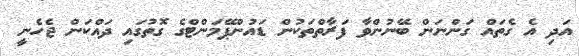
އަދި އެ ގެތައް ގަންނަން ބޭނުންވާ ފަރާތްތަކުން ޑައުންޕޭމަންޓްގެ ގޮތުގައި ދައްކަން ޖެހެނީ